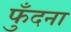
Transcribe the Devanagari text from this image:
फुँदना